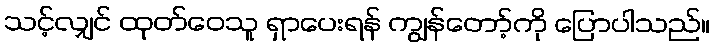
သင့်လျှင် ထုတ်ဝေသူ ရှာပေးရန် ကျွန်တော့်ကို ပြောပါသည်။